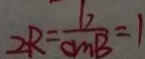
2 R = \frac { b } { C M B } = 1